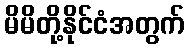
မိမိတို့နိုင်ငံအတွက်